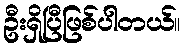
ဦးရှိပြီဖြစ်ပါတယ်။